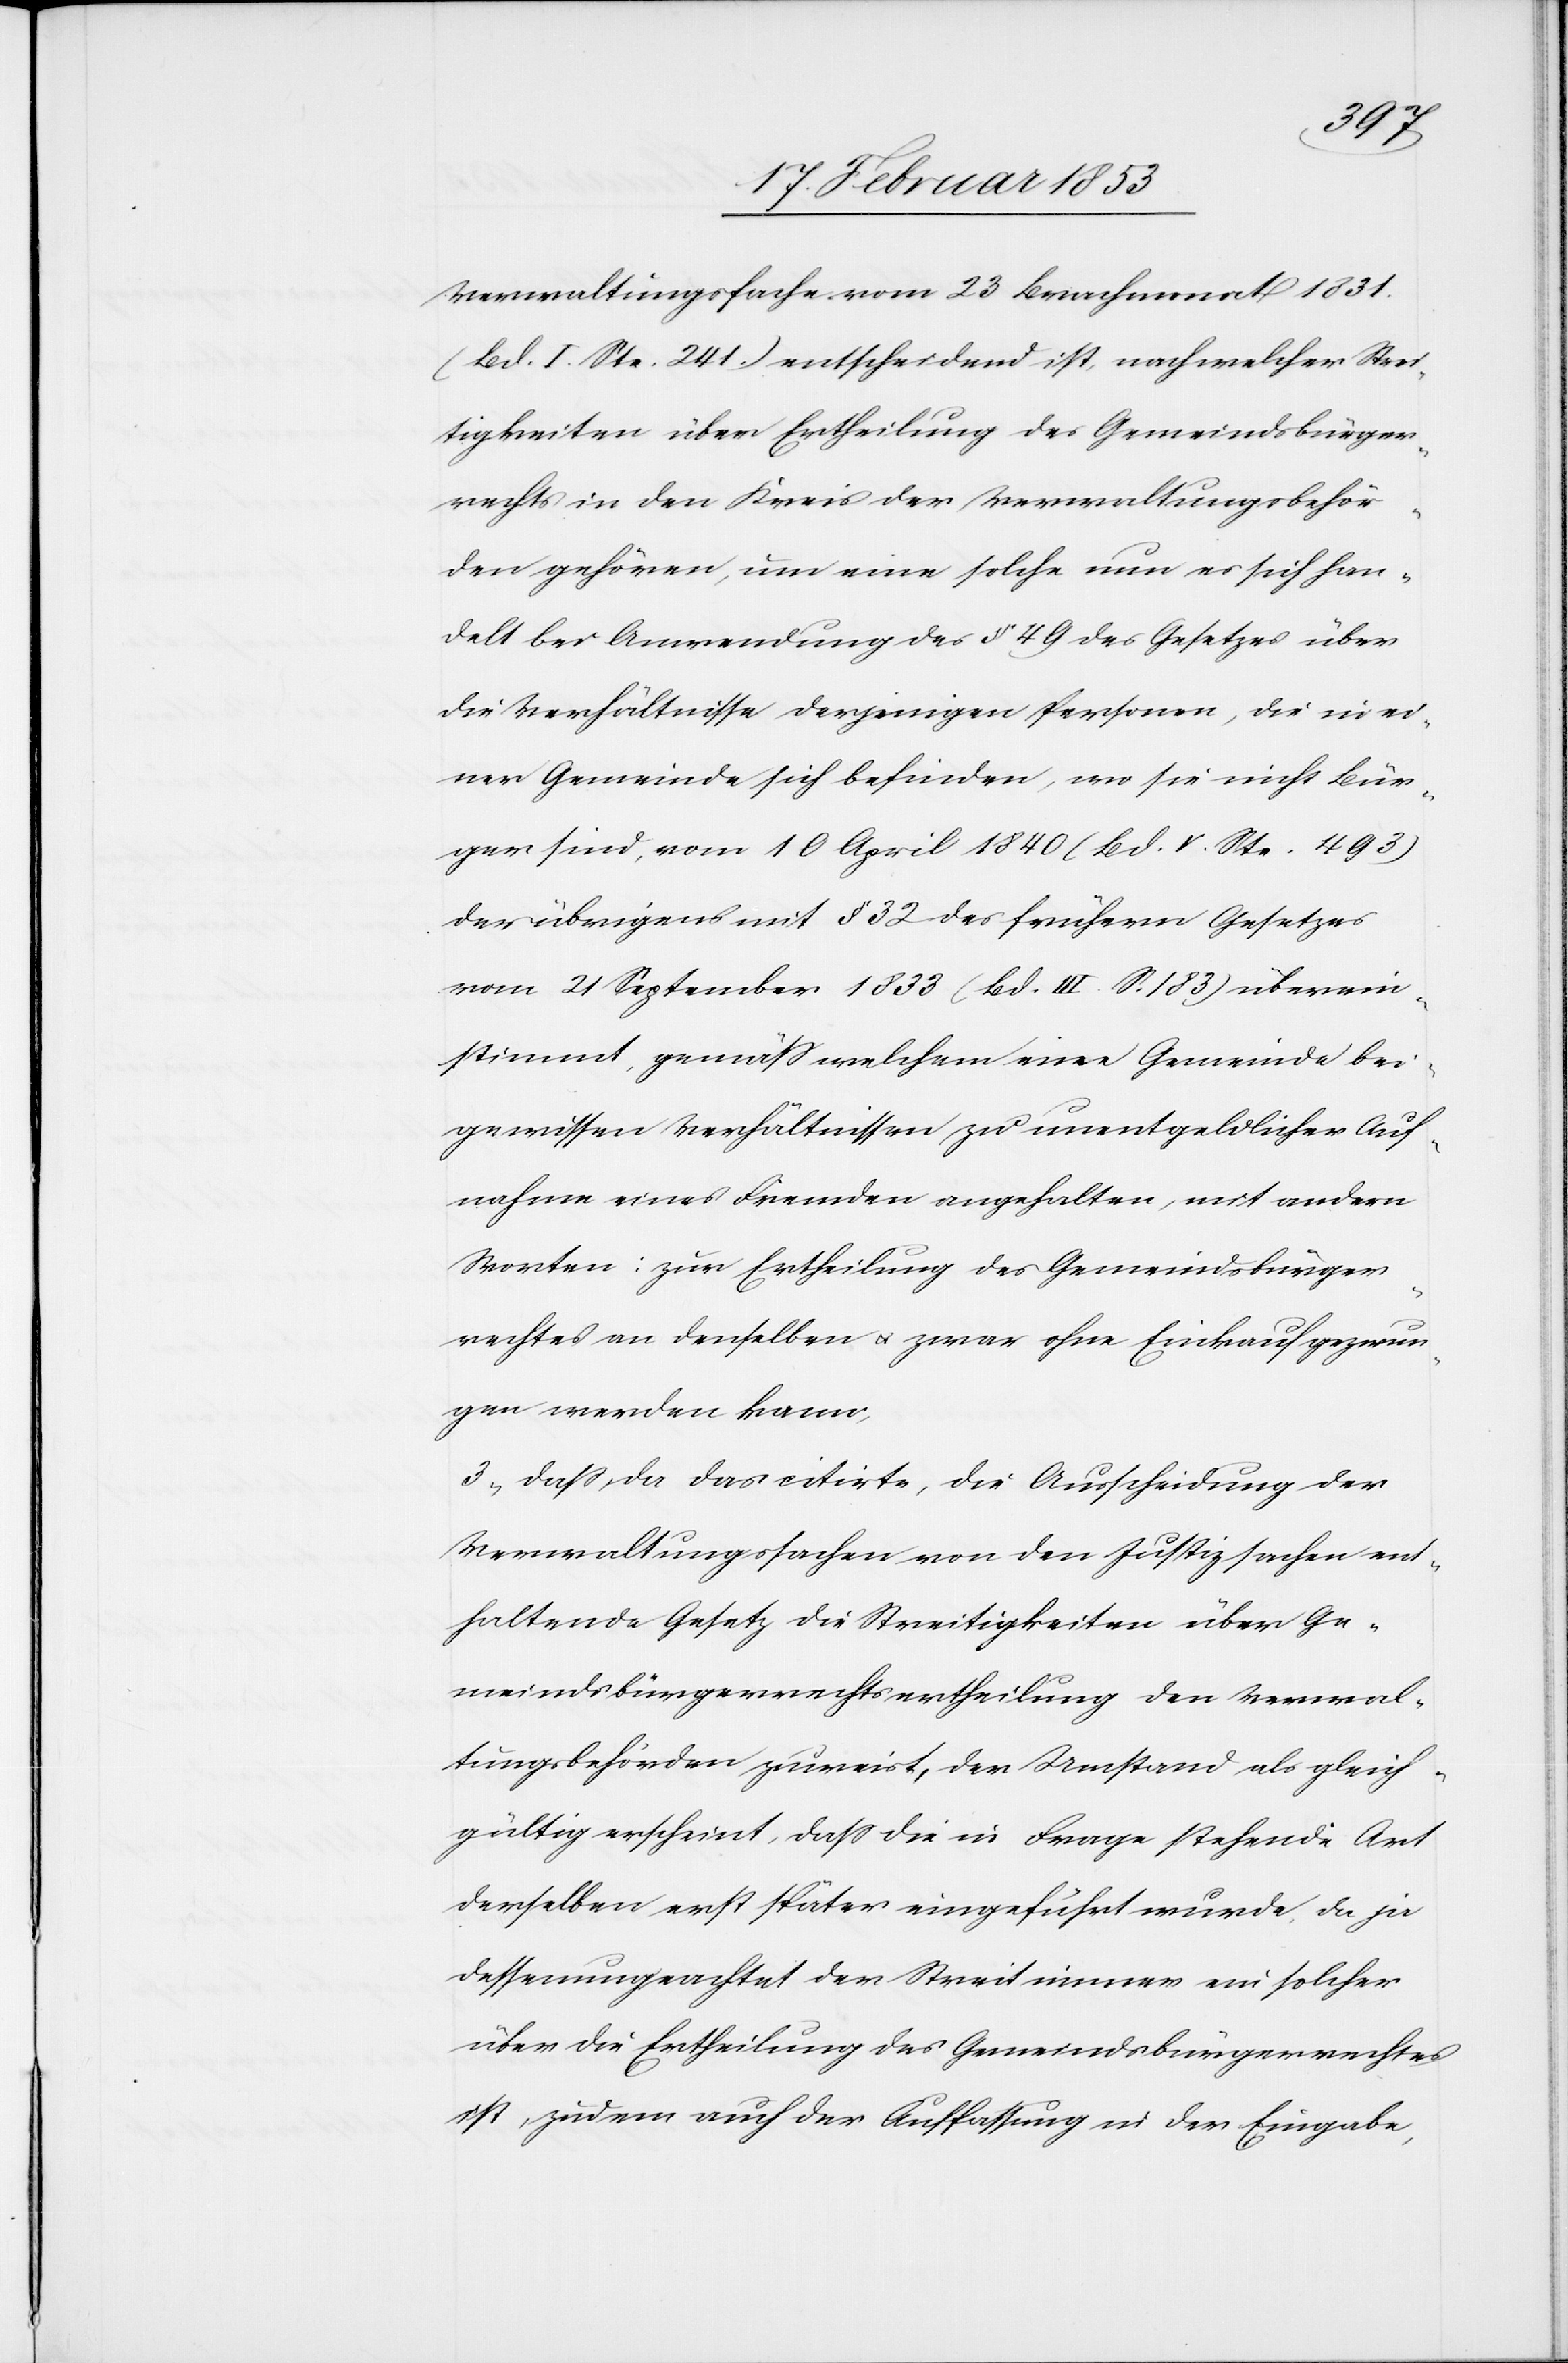
Verwaltungsfache vom 23 Brachmonat 1831
(Bd. I. Ste. 241) entscheidend ist, nach welcher Strei¬
tigkeiten über Ertheilung des Gemeindsbürger¬
rechts in den Kreis der Verwaltungsbehör¬
den gehören, um eine solche nun es sich han¬
delt bei Anwendung des § 49 des Gesetzes über
die Verhältnisse derjenigen Personen, die in ei¬
ner Gemeinde sich befinden, wo sie nicht Bür¬
ger sind, vom 10 April 1840 (Bd. V. Ste. 493)
der übrigens mit § 32 des frühern Gesetzes
vom 21 September 1833 (Bd. III. S. 183) überein¬
stimmt, gemäß welchem eine Gemeinde bei
gewissen Verhältnissen zu unentgeldlicher Auf¬
nahme eines Fremden angehalten, mit andern
Worten: zur Ertheilung des Gemeindsbürger¬
rechtes an denselben u. zwar ohne Einkauf gezwun¬
gen werden kann;
3) daß da das citirte, die Ausscheidung der
Verwaltungssachen von den Justizsachen ent¬
haltende Gesetz die Streitigkeiten über Ge¬
meindsbürgerrechtsertheilung den Verwal¬
tungsbehörden zuweist, der Umstand als gleich¬
gültig erscheint, daß die in Frage stehende Art
derselben erst später eingeführt wurde, da ja
dessenungeachtet der Streit immer ein solcher
über die Ertheilung des Gemeindsbürgerrechtes
ist, zudem auch der Auffassung in der Eingabe,